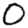
Digit: 0